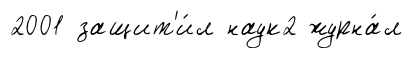
2001 защит'и́л наук2 журна́л